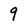
Character: 9